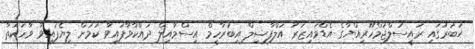
ޚަބަރުގައި ރައީސުލްޖުމްހޫރިއްޔާގެ އެޑްވައިޒަރު އަލްފާޟިލް އިބުރާހީމް އިސްމާއިލް ދައްކާވާފައިވާ ކަމަށް ލިޔެފައިވާ ވާހަކަތާ